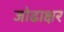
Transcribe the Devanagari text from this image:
जोढाक्षर